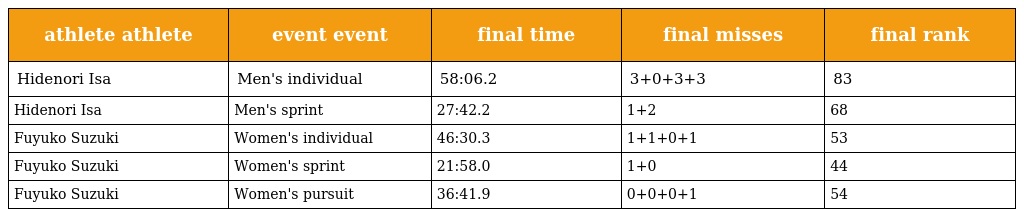
| athlete athlete | event event | final time | final misses | final rank |
 | --- | --- | --- | --- | --- |
 | Hidenori Isa | Men's individual | 58:06.2 | 3+0+3+3 | 83 |
 | Hidenori Isa | Men's sprint | 27:42.2 | 1+2 | 68 |
 | Fuyuko Suzuki | Women's individual | 46:30.3 | 1+1+0+1 | 53 |
 | Fuyuko Suzuki | Women's sprint | 21:58.0 | 1+0 | 44 |
 | Fuyuko Suzuki | Women's pursuit | 36:41.9 | 0+0+0+1 | 54 |